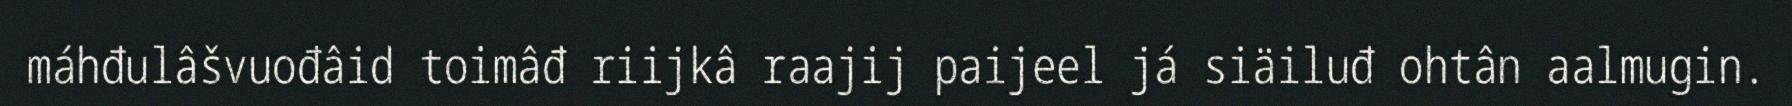
máhđulâšvuođâid toimâđ riijkâ raajij paijeel já siäiluđ ohtân aalmugin.